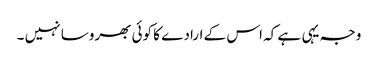
وجہ یہی ہے کہ اس کے ارادے کا کوئی بھروسا نہیں ۔